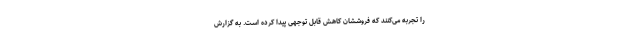
را تجربه می‌کنند که فروششان کاهش قابل توجهی پیدا کرده است. به گزارش